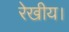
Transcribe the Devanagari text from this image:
रेखीय।